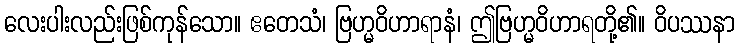
လေးပါးလည်းဖြစ်ကုန်သော။ ဧတေသံ၊ ဗြဟ္မဝိဟာရာနံ၊ ဤဗြဟ္မဝိဟာရတို့၏။ ဝိပဿနာ